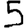
Digit: 5